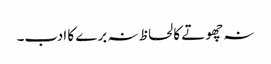
نہ چھوتے کا لحاظ نہ برے کا ادب۔